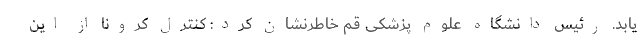
یابد. رئیس دانشگاه علوم پزشکی قم خاطرنشان کرد: کنترل کرونا از این